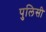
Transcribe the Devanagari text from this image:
पुलिसी